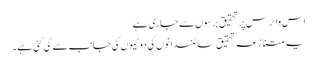
اس وائرس پر تحقیق برسوں سے جاری ہے
یہ متنازعہ تحقیق سائنسدانوں کی دو ٹیموں کی جانب سے کی گئی ہے۔